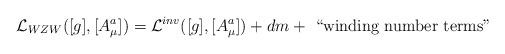
LaTeX: \begin{align*}{\cal L}_{WZW}([g],[A^a_{\mu}]) = {\cal L}^{inv}([g],[A^a_{\mu}]) + dm+ \hbox{ ``winding number terms"}\end{align*}